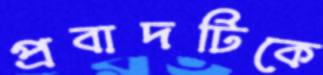
প্রবাদটিকে